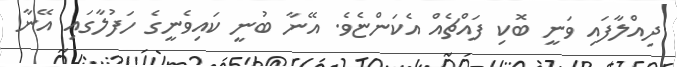
ދިއްލާފައި ވަނީ ބޮކި ފައްޗެއް އެކަންޏެވެ. އޭނާ ބުނީ ކައިވެނީގެ ހަފުލާގައި އޭނާ